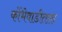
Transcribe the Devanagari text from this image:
कोंभेवाडीतला